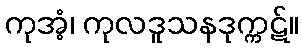
ကုအံ့၊ ကုလဒူသနဒုက္ကဋ်။